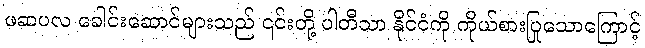
ဖဆပလ ခေါင်းဆောင်များသည် ၎င်းတို့ ပါတီသာ နိုင်ငံကို ကိုယ်စားပြုသောကြောင့်